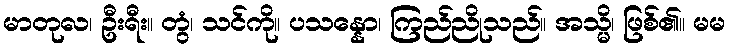
မာတုလ၊ ဦးရီး။ တွံ၊ သင်ကို။ ပသန္နော၊ ကြည်ညိုသည်။ အသ္မိ၊ ဖြစ်၏။ မမ